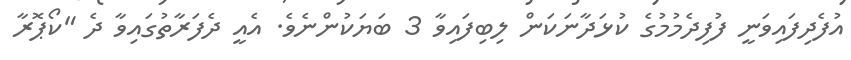
އުފެދިފައިވަނީ ފުފިދެމުމުގެ ކުޅަދާނަކަން ލިބިފައިވާ 3 ބަޔަކުންނެވެ. އެއީ ދެފަރާތުގައިވާ ދެ "ކޯޕޮރާ